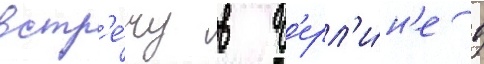
встр'е́чу в б'ерл'и́н'е в